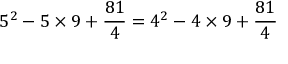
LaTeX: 5 ^ { 2 } - 5 \times 9 + { \frac { 8 1 } { 4 } } = 4 ^ { 2 } - 4 \times 9 + { \frac { 8 1 } { 4 } }